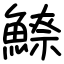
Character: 𩺚